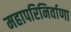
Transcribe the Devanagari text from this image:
महापरिनिर्वाणा